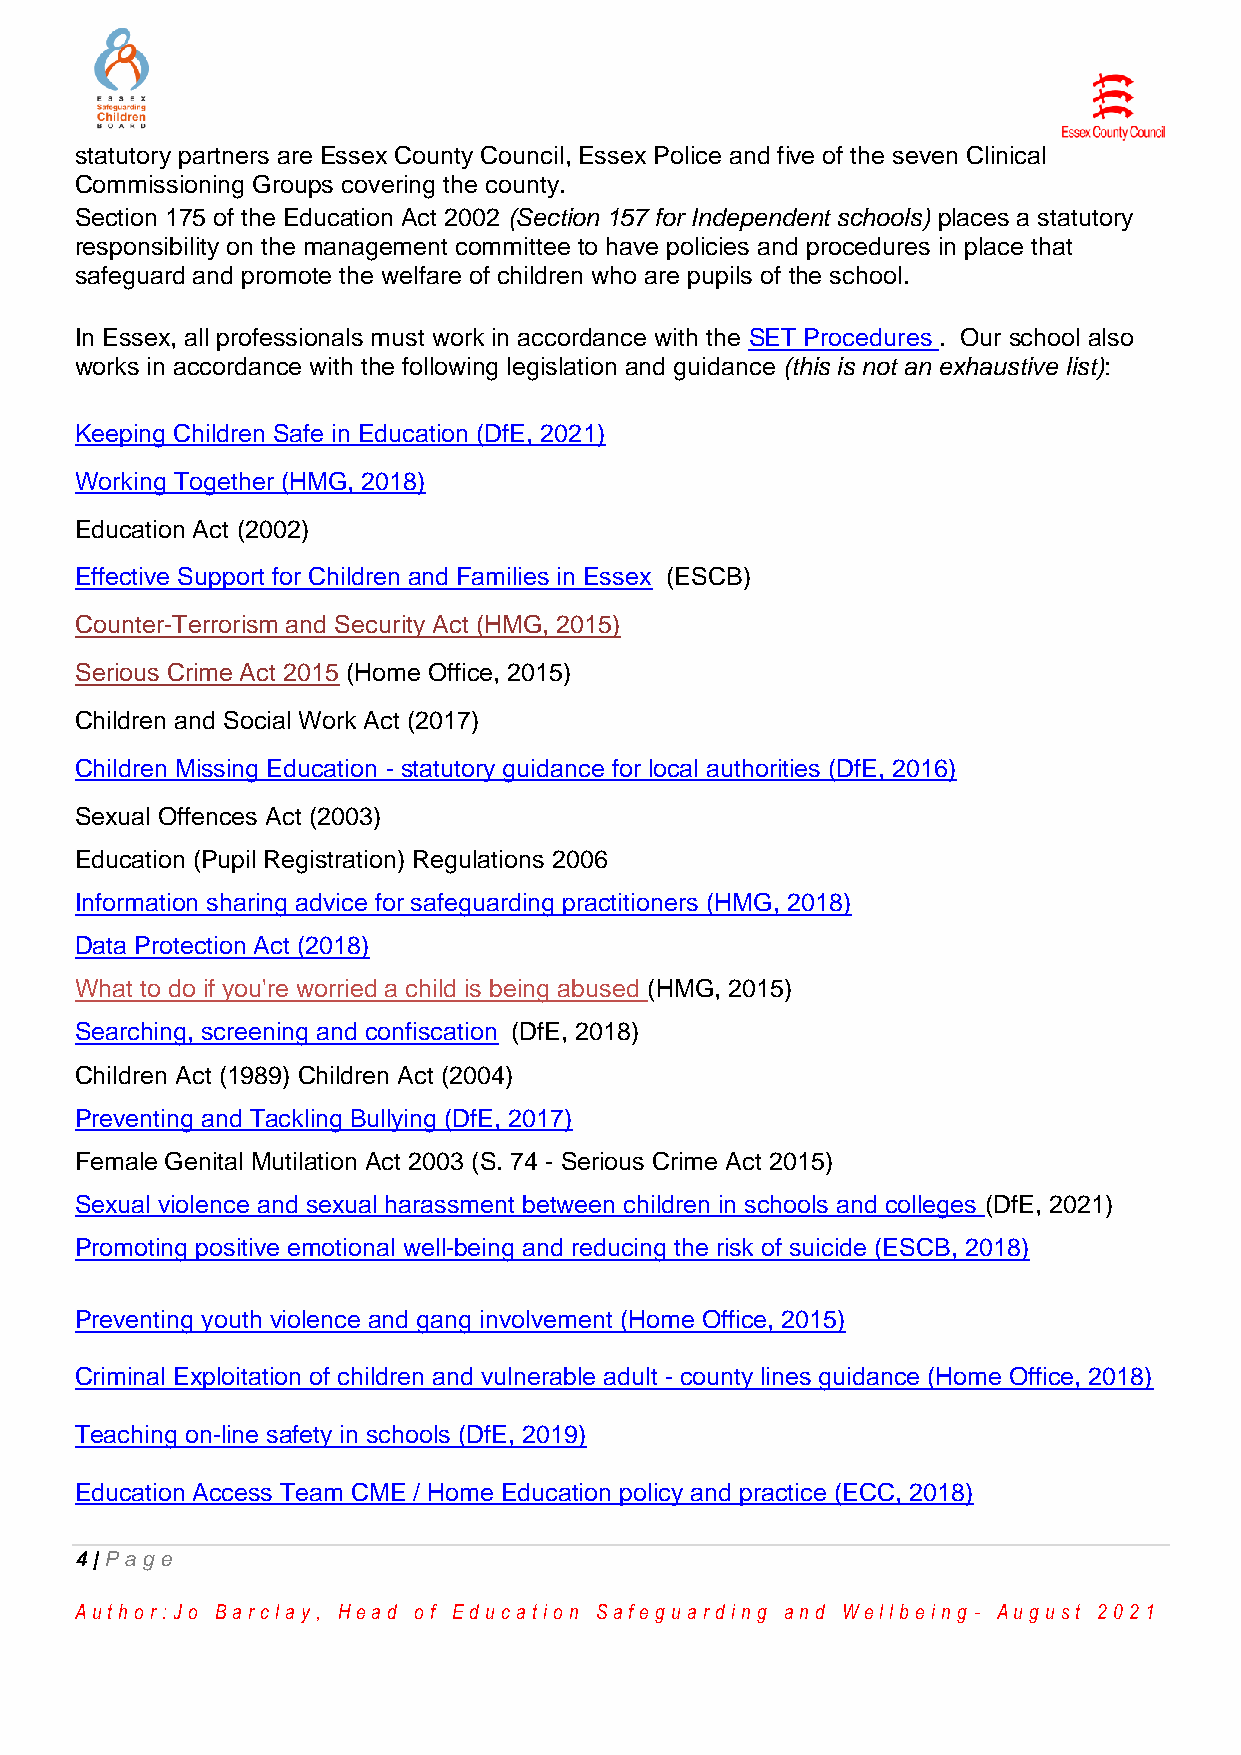
statutory partners are Essex County Council, Essex Police and five of the seven Clinical
 Commissioning Groups covering the county.
 Section 175 of the Education Act 2002 (Section 157 for Independent schools) places a statutory
 responsibility on the management committee to have policies and procedures in place that
 safeguard and promote the welfare of children who are pupils of the school.
 In Essex, all professionals must work in accordance with the SET Procedures . Our school also
 works in accordance with the following legislation and guidance (this is not an exhaustive list):
 Keeping Children Safe in Education (DfE, 2021)
 Working Together (HMG, 2018)
 Education Act (2002)
 Effective Support for Children and Families in Essex (ESCB)
 Counter-Terrorism and Security Act (HMG, 2015)
 Serious Crime Act 2015 (Home Office, 2015)
 Children and Social Work Act (2017)
 Children Missing Education - statutory guidance for local authorities (DfE, 2016)
 Sexual Offences Act (2003)
 Education (Pupil Registration) Regulations 2006
 Information sharing advice for safeguarding practitioners (HMG, 2018)
 Data Protection Act (2018)
 What to do if you're worried a child is being abused (HMG, 2015)
 Searching, screening and confiscation (DfE, 2018)
 Children Act (1989) Children Act (2004)
 Preventing and Tackling Bullying (DfE, 2017)
 Female Genital Mutilation Act 2003 (S. 74 - Serious Crime Act 2015)
 Sexual violence and sexual harassment between children in schools and colleges (DfE, 2021)
 Promoting positive emotional well-being and reducing the risk of suicide (ESCB, 2018)
 Preventing youth violence and gang involvement (Home Office, 2015)
 Criminal Exploitation of children and vulnerable adult - county lines guidance (Home Office, 2018)
 Teaching on-line safety in schools (DfE, 2019)
 Education Access Team CME / Home Education policy and practice (ECC, 2018)
 4 | Pag e
 Au th o r :Jo Ba r cla y, He a d o f Ed u ca tio n Sa fe g u a r d in g a n d We llb e in g - Au g u st 2 0 2 1